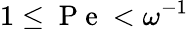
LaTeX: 1\leq\mathrm{~P~e~}<\omega^{-1}